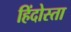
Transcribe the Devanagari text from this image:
हिंदोस्ता